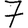
Digit: 7